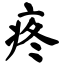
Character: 疼